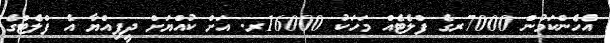
އެހެންކަމުން 7000ރގެ ފްލެޓެއް މަހަކު 16000ރ. އަށް ކުއްޔަށް ދީފިއްޔާ އެ ފްލެޓްގެ